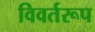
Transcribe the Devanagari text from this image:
विवर्तरूप